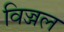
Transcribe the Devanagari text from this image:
विज्जल